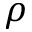
\rho